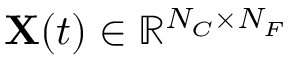
{ \bf X } ( t ) \in \mathbb { R } ^ { N _ { C } \times N _ { F } }